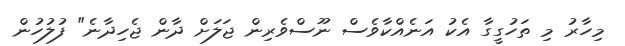
މިހާރު މި ތަހުގީގާ އެކު އަނެއްކާވެސް ނޫސްވެރިން ޖަލަށް ދާން ޖެހިދާނެ" ފުލުހުން